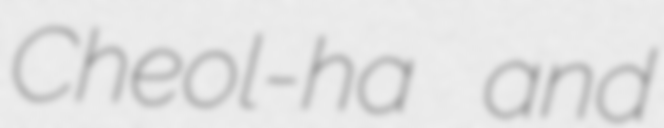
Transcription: Cheol-ha and